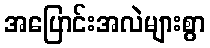
အပြောင်းအလဲများစွာ